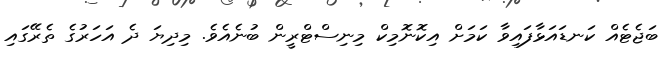
ބަޖެޓެއް ކަނޑައަޅާފައިވާ ކަމަށް އިކޮނޮމިކް މިނިސްޓްރީން ބުނެއެވެ. މިދިޔަ ދެ އަހަރުގެ ތެރޭގައި